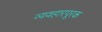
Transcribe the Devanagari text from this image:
व्यवहारपूरक